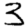
Digit: 3